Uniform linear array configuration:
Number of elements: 24
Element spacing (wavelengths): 0.5
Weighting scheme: hamming
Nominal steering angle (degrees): -45
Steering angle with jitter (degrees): -43.052
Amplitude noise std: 0.05
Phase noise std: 0.05

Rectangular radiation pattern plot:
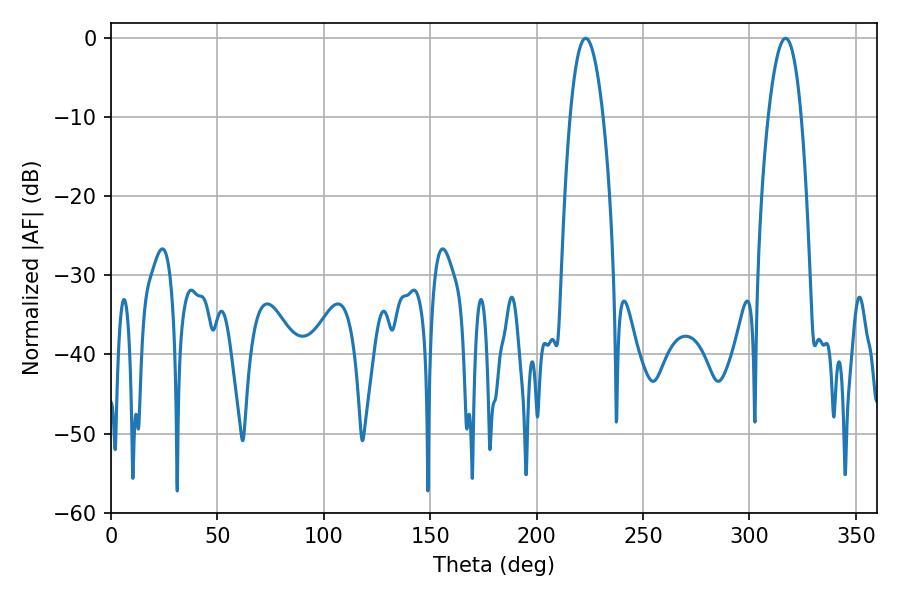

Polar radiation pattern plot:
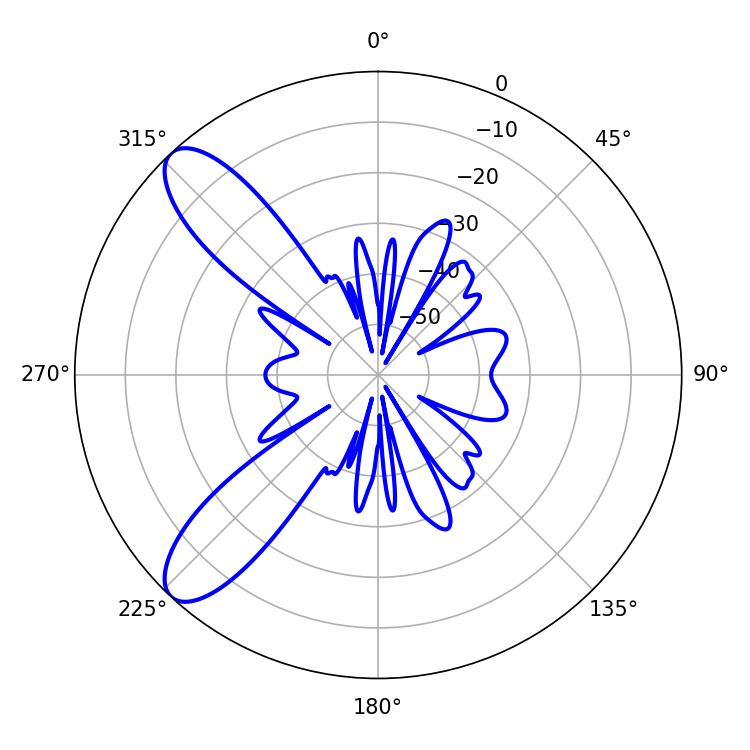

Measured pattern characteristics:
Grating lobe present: FALSE
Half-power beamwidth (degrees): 8.64
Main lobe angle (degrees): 223.02